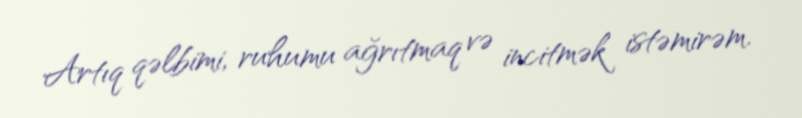
Artıq qəlbimi, ruhumu ağrıtmaq və incitmək istəmirəm.